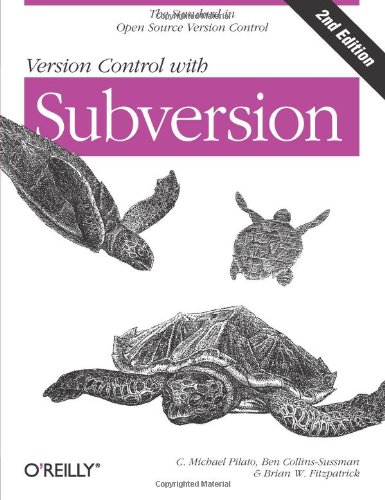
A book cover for Version Control with Subversion; C. Michael Pilato; Computers & Technology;